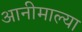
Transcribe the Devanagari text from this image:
आनीमाल्या